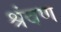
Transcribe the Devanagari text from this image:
श्रंवण